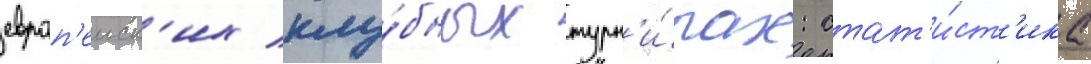
европ'еиск'их клу́бных турн'и́рах: стат'и́ст'ика